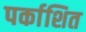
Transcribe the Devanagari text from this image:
पर्काशित